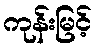
ကုန်းမြင့်